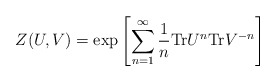
\begin{align*}Z(U,V)={\mbox{exp}}\left[\sum_{n=1}^{\infty}\frac{1}{n}{\mbox{Tr}}U^n{\mbox{Tr}}V^{-n}\right] \end{align*}